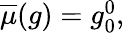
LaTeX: \begin{array}{r}{\overline{{\mu}}(g)=g_{0}^{0},}\end{array}